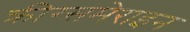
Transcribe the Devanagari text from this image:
क्रीग्समेराइन